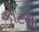
કોટના